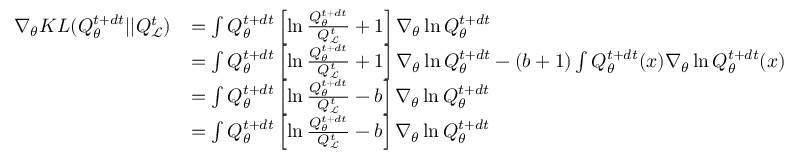
\begin{array} { r l } { \nabla _ { \theta } K L ( Q _ { \theta } ^ { t + d t } | | Q _ { \mathcal { L } } ^ { t } ) } & { = \int Q _ { \theta } ^ { t + d t } \left[ \ln \frac { Q _ { \theta } ^ { t + d t } } { Q _ { \mathcal { L } } ^ { t } } + 1 \right] \nabla _ { \theta } \ln Q _ { \theta } ^ { t + d t } } \\ & { = \int Q _ { \theta } ^ { t + d t } \left[ \ln \frac { Q _ { \theta } ^ { t + d t } } { Q _ { \mathcal { L } } ^ { t } } + 1 \right] \nabla _ { \theta } \ln Q _ { \theta } ^ { t + d t } - ( b + 1 ) \int Q _ { \theta } ^ { t + d t } ( x ) \nabla _ { \theta } \ln Q _ { \theta } ^ { t + d t } ( x ) } \\ & { = \int Q _ { \theta } ^ { t + d t } \left[ \ln \frac { Q _ { \theta } ^ { t + d t } } { Q _ { \mathcal { L } } ^ { t } } - b \right] \nabla _ { \theta } \ln Q _ { \theta } ^ { t + d t } } \\ & { = \int Q _ { \theta } ^ { t + d t } \left[ \ln \frac { Q _ { \theta } ^ { t + d t } } { Q _ { \mathcal { L } } ^ { t } } - b \right] \nabla _ { \theta } \ln Q _ { \theta } ^ { t + d t } } \end{array}